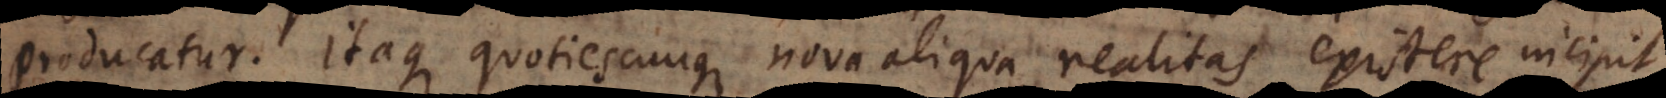
producatur. Itaque quotiescunque nova aliqua realitas existere incipit